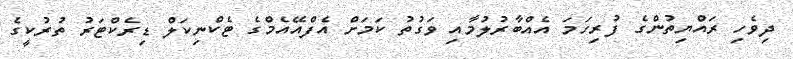
ދިވެހި ރައްޔިތުންގެ ފުރިހަމަ އެއްބާރުލުމާއި ވަގުތު ކަމަށް އެފްްއޭއެމްގެ ޓެކްނިކަލް ޑިރެކްޓަރު ތުރުކީގެ